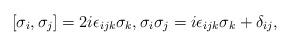
LaTeX: \begin{align*} [\sigma_i,\sigma_j]=2i\epsilon_{ijk}\sigma_k,\sigma_i\sigma_j=i\epsilon_{ijk}\sigma_k+\delta_{ij},\end{align*}